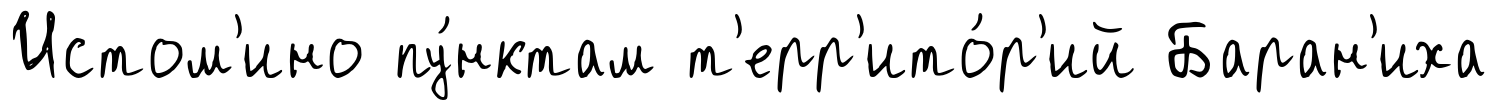
Истом'ино пу́нктам т'ерр'ито́р'ий Баран'иха